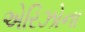
એરિઝોના